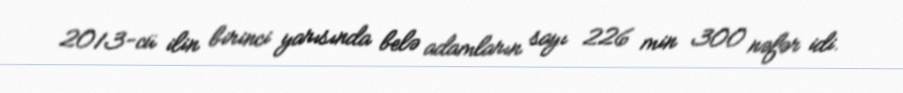
2013-cü ilin birinci yarısında belə adamların sayı 226 min 300 nəfər idi.